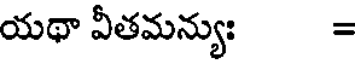
యథా వీతమన్యుః =